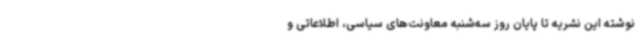
نوشته این نشریه تا پایان روز سه‌شنبه معاونت‌های سیاسی، اطلاعاتی و